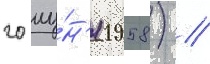
20 иу́н'я 1958) //